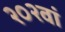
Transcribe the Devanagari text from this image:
२०२वां